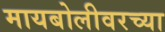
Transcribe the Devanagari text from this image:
मायबोलीवरच्या